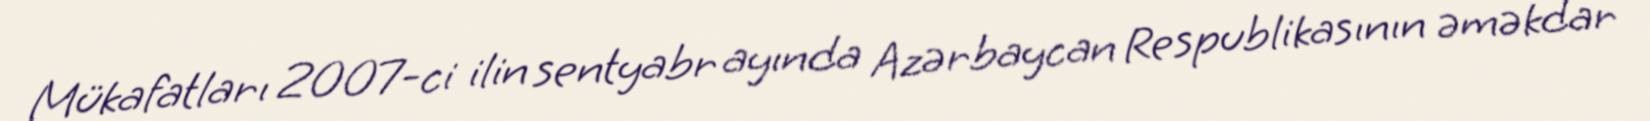
Mükafatları 2007-ci ilin sentyabr ayında Azərbaycan Respublikasının əməkdar